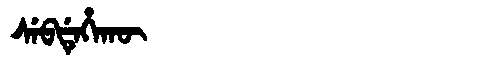
Manchu: ᠰᡝᠪᡩᡝᡥᠠᡴᡡ
Romanization: SEBDEHAKŪ